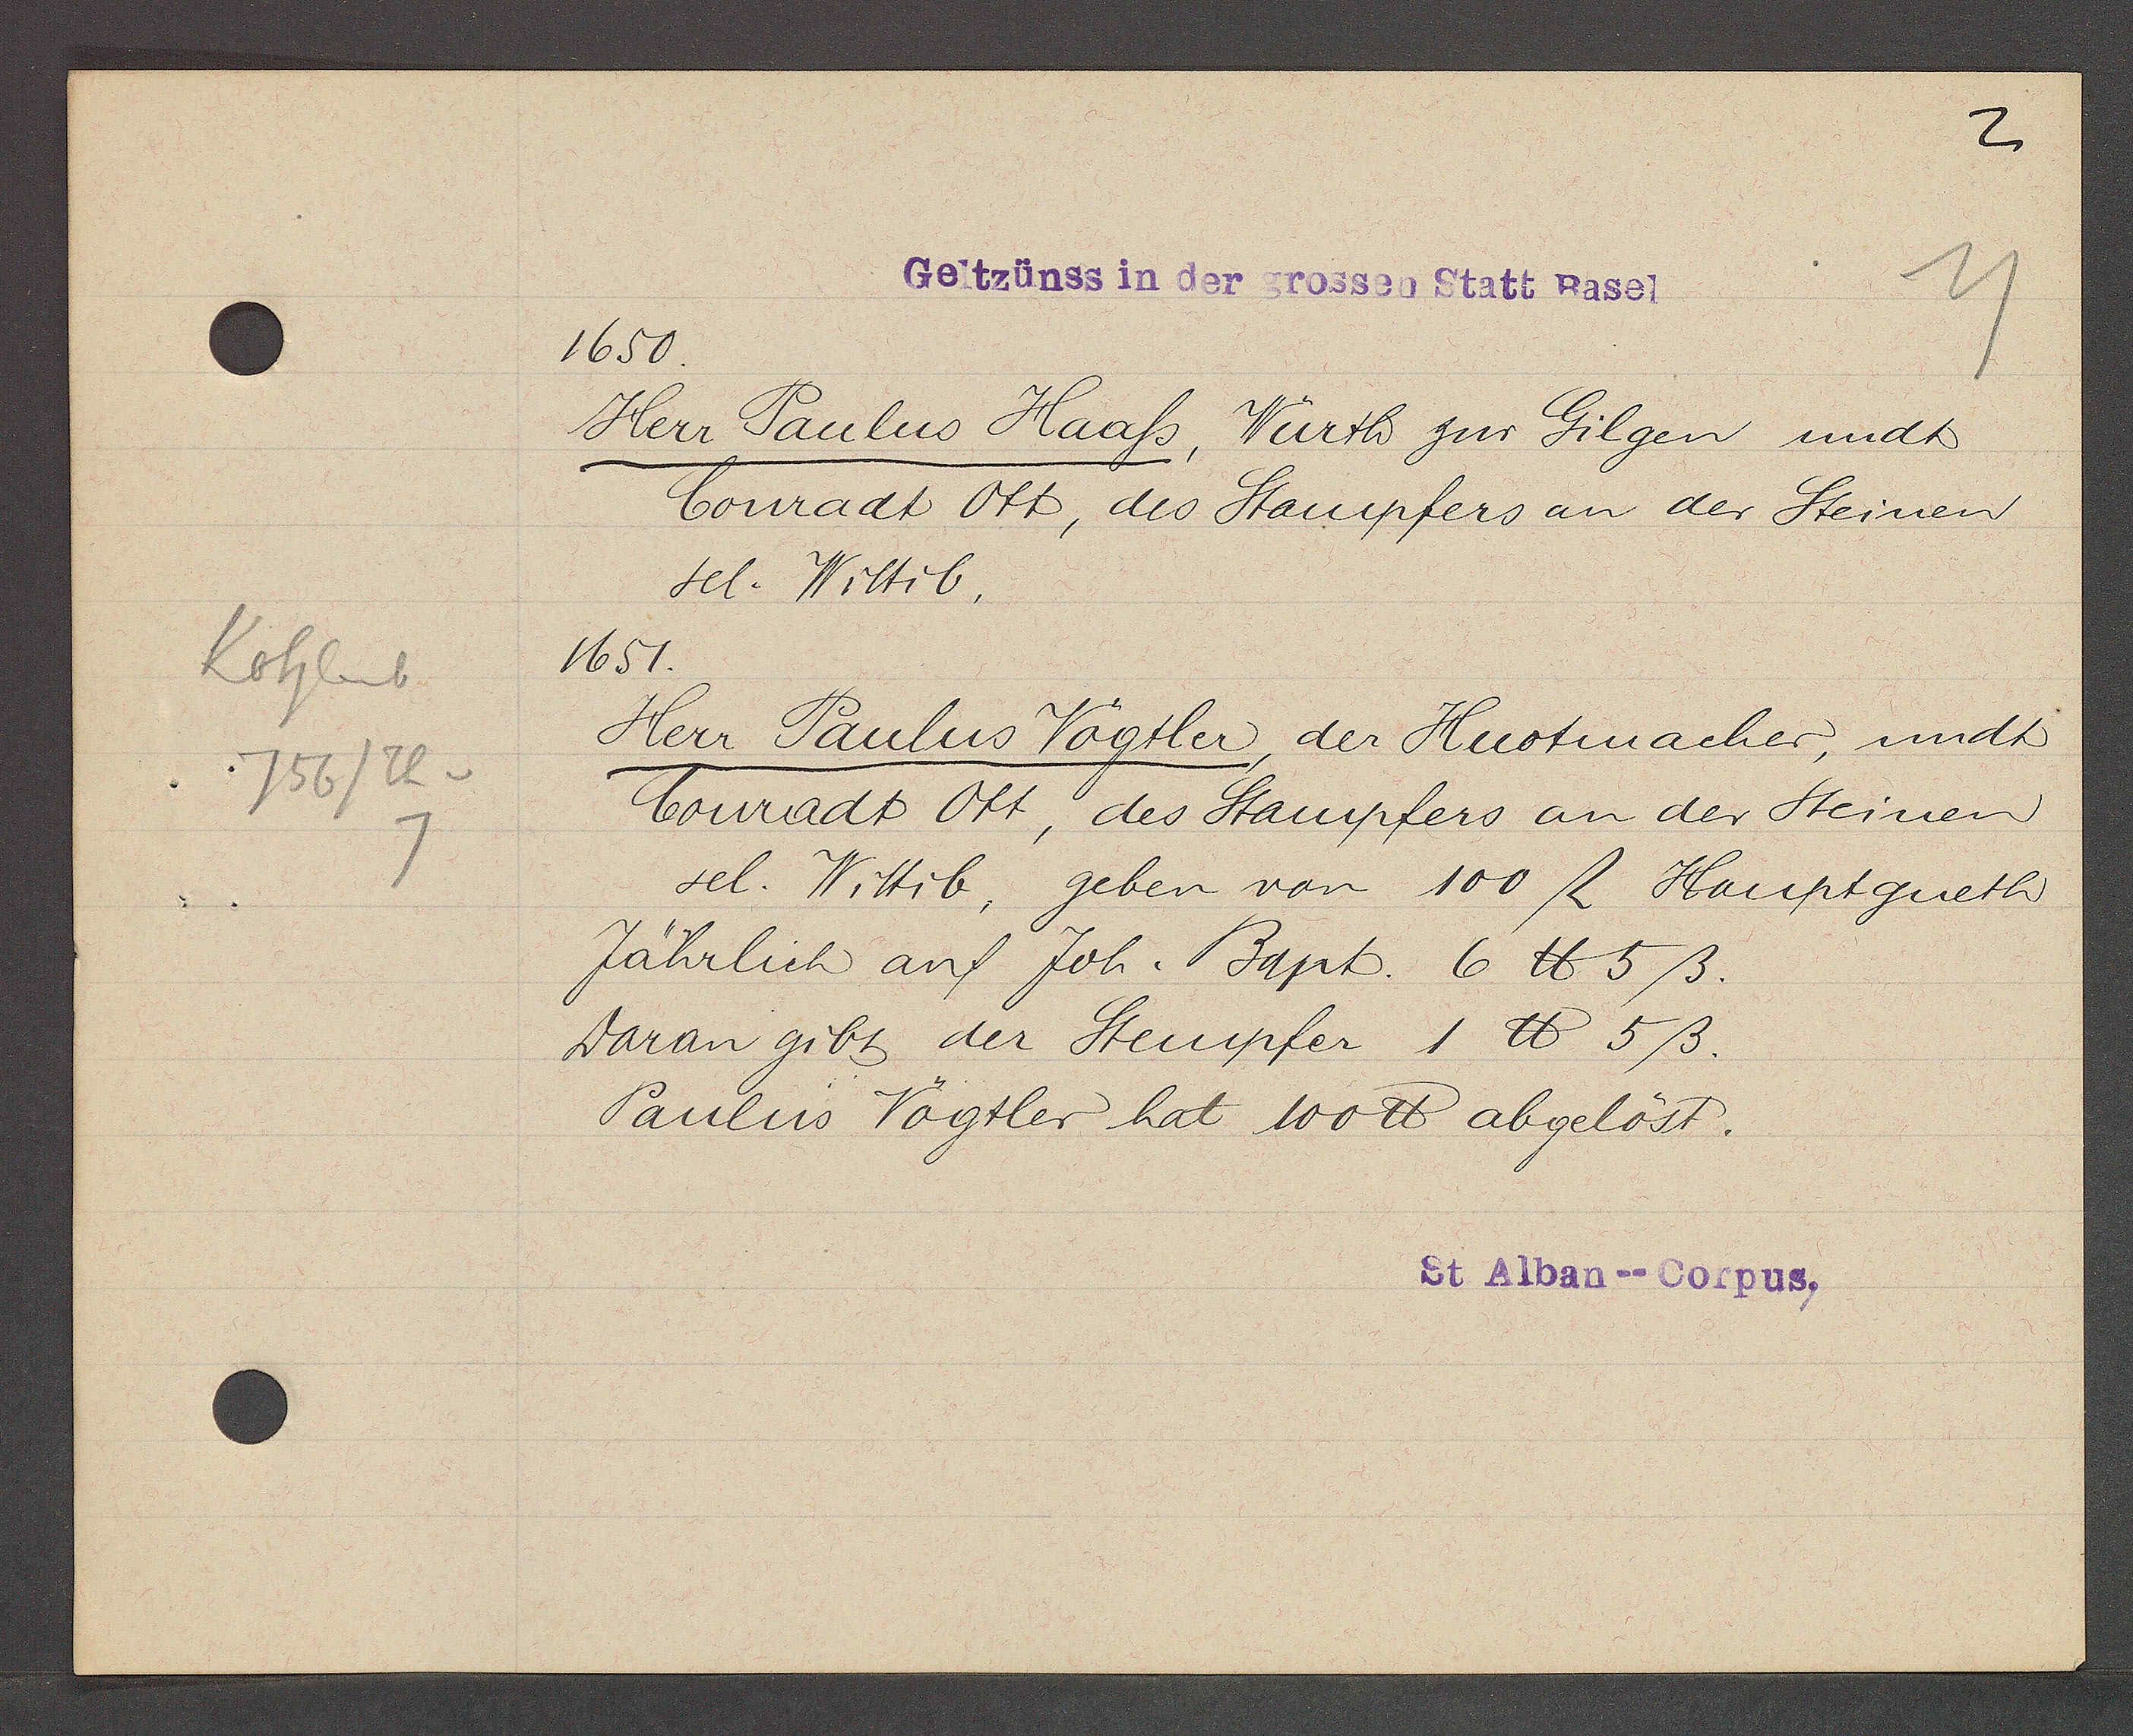
Transcript:
Kohleb
756/Th v

1650
Gelzzünss in der grossen Statt Basel

Herr Paulus Haass, Würth zur Gilgen undt
1651.
Herr Paulus Vögtler, der Huotmacher, undt
Jährlich auf Joh. Bapt. 6 ℔ 5ß.
Daran gibt der Stempfer 1 ℔ 5ß.
Conradt Ott, des Stampfers an der Steinen
Conradt Ott, des Stampfers an der Steinen
Paulus Vögtler hat 100 ℔ abgelöst.
sel. Wittib,
sel. Wittib, geben von 100 ﬂ Hauptgueth

St Alban--Corpus.